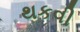
થકવી